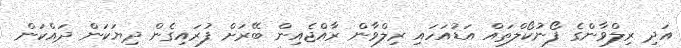
އަދި ރިލްވާންގެ ފޯނުކޯލްތައް އަޑުއަހައި ރިލްވާން ރާއްޖެއިން ބޭރަށް ފުރައިގެން ދިޔަކަން ދައްކަން